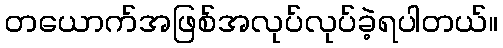
တယောက်အဖြစ်အလုပ်လုပ်ခဲ့ရပါတယ်။